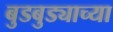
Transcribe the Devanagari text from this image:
बुडबुड्याच्या